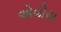
એવોય